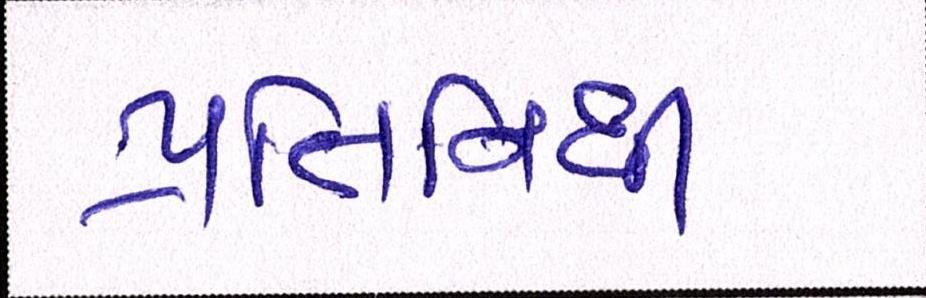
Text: પ્રતિનિધી